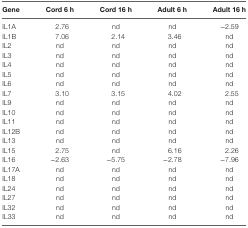
| Gene | Cord 6 h | Cord 16 h | Adult 6 h | Adult 16 h |
 | --- | --- | --- | --- | --- |
 | IL1A | 2.76 | nd | nd | −2.59 |
 | IL1B | 7.06 | 2.14 | 3.46 | nd |
 | IL2 | nd | nd | nd | nd |
 | IL3 | nd | nd | nd | nd |
 | IL4 | nd | nd | nd | nd |
 | IL5 | nd | nd | nd | nd |
 | IL6 | nd | nd | nd | nd |
 | IL7 | 3.10 | 3.15 | 4.02 | 2.55 |
 | IL9 | nd | nd | nd | nd |
 | IL10 | nd | nd | nd | nd |
 | IL11 | nd | nd | nd | nd |
 | IL12B | nd | nd | nd | nd |
 | IL13 | nd | nd | nd | nd |
 | IL15 | 2.75 | nd | 6.16 | 2.26 |
 | IL16 | −2.63 | −5.75 | −2.78 | −7.96 |
 | IL17A | nd | nd | nd | nd |
 | IL18 | nd | nd | nd | nd |
 | IL24 | nd | nd | nd | nd |
 | IL27 | nd | nd | nd | nd |
 | IL32 | nd | nd | nd | nd |
 | IL33 | nd | nd | nd | nd |